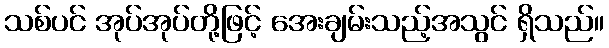
သစ်ပင် အုပ်အုပ်တို့ဖြင့် အေးချမ်းသည့်အသွင် ရှိသည်။